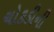
ચોકડીની